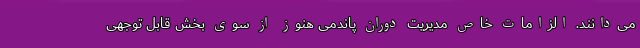
می‌دانند. الزامات خاص مدیریت دوران پاندمی هنوز از سوی بخش قابل توجهی